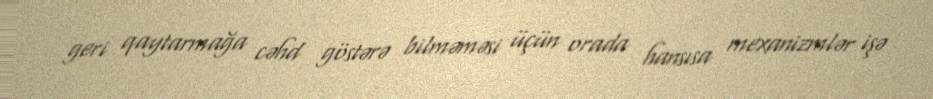
geri qaytarmağa cəhd göstərə bilməməsi üçün orada hansısa mexanizmlər işə